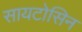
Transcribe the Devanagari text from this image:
सायटोसिन